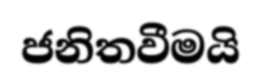
ජනිතවීමයි